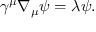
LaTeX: \gamma ^ { \mu } \nabla _ { \mu } \psi = \lambda \psi .